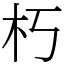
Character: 朽